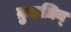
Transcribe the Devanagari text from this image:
क़ुइज़िन्